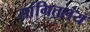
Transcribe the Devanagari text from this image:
सांगितलंय